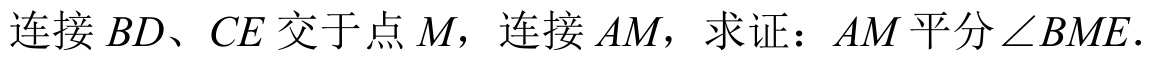
连接\(BD、CE\)交于点\(M\)，连接\(AM\)，求证：\(AM\)平分\(\angle BME\).